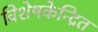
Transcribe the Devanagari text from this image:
विशेषकेन्द्रित